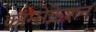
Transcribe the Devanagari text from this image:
कॉन्सेक्रेशन